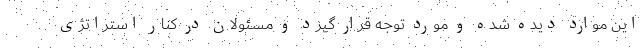
این موارد دیده شده و مورد توجه قرار گیرد و مسئولان در کنار استراتژی